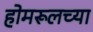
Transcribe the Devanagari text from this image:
होमरूलच्या